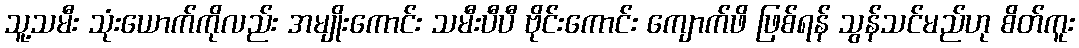
သူ့သမီး သုံးယောက်ကိုလည်း အမျိုးကောင်း သမီးပီပီ ဗိုင်းကောင်း ကျောက်ဖိ ဖြစ်ရန် သွန်သင်မည်ဟု စိတ်ကူး